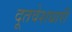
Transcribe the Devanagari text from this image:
दूतवेशधारी